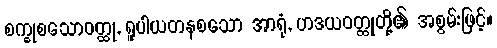
စက္ခုစသောဝတ္ထု, ရူပါယတနစသော အာရုံ, ဟဒယဝတ္ထုတို့၏ အစွမ်းဖြင့်။